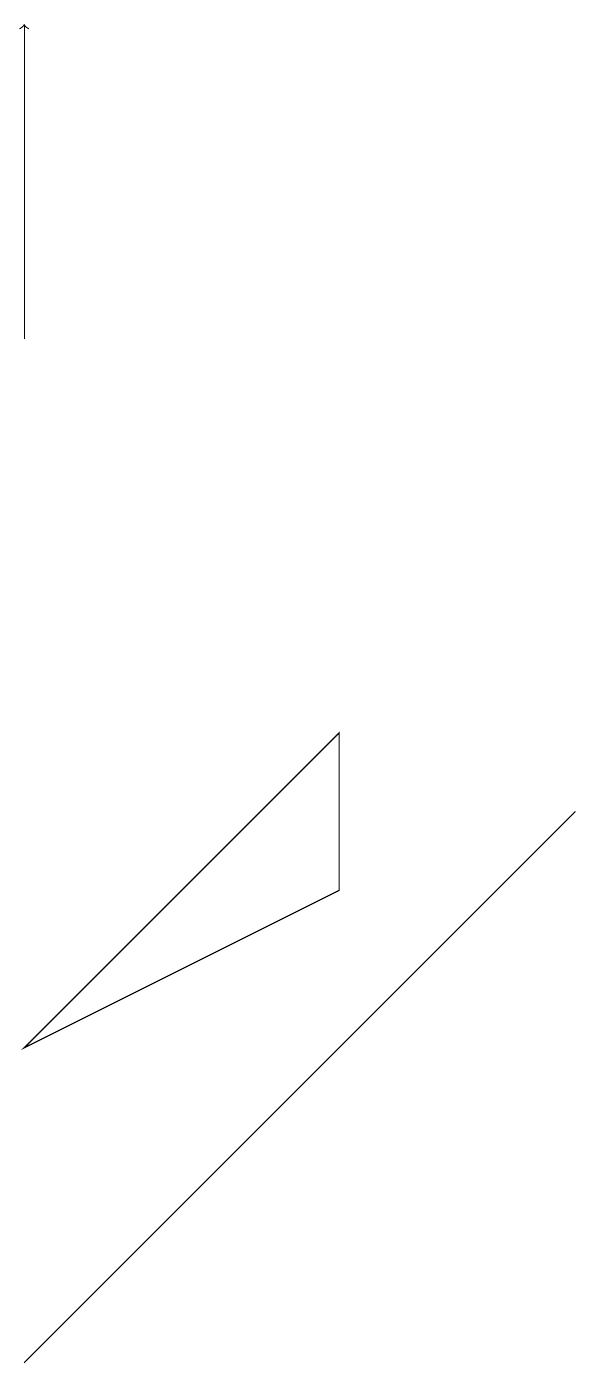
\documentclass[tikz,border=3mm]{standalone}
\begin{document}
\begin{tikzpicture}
\draw[->] (2,13) -- (2,17);
\draw (6,8) -- (2,4) -- (6,6) -- cycle;
\draw (9,7) -- (2,0) -- (4,2) -- cycle;
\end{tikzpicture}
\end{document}